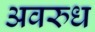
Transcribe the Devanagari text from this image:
अवरुध